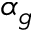
\alpha _ { g }